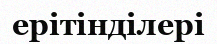
ерітінділері